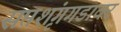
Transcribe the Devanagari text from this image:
सप्तशृंगगडावर